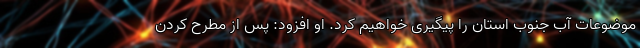
موضوعات آب جنوب استان را پیگیری خواهیم کرد. او افزود: پس از مطرح کردن